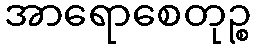
အာရောစေတုဉ္စ